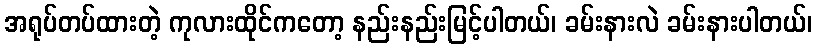
အရုပ်တပ်ထားတဲ့ ကုလားထိုင်ကတော့ နည်းနည်းမြင့်ပါတယ်၊ ခမ်းနားလဲ ခမ်းနားပါတယ်၊